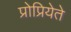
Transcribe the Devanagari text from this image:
प्रोप्रियेते